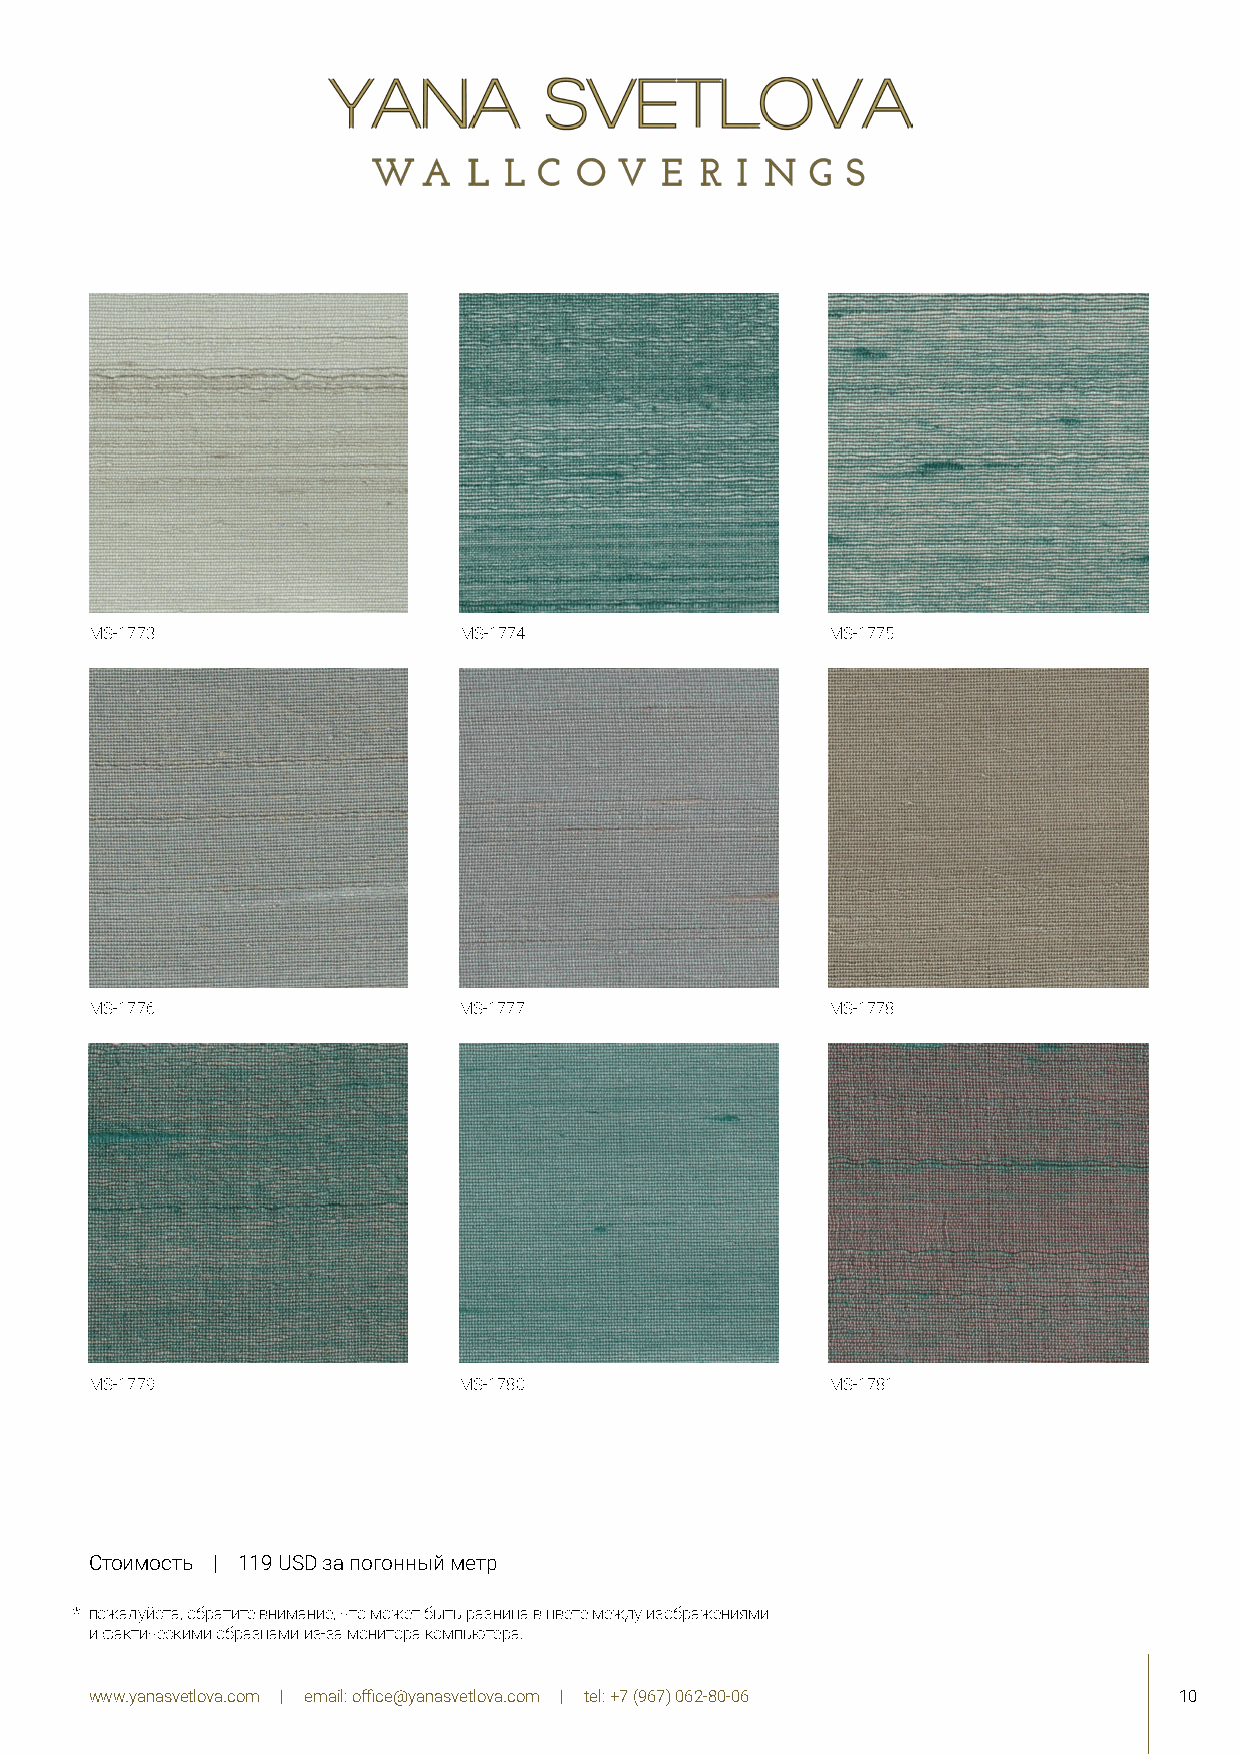
MS-1773                 MS-1774                  MS-1775
 MS-1776                 MS-1777                  MS-1778
 MS-1779                 MS-1780                  MS-1781
 Стоимость | 119 USD за погонный метр
 * пожалуйста, обратите внимание, что может быть разница в цвете между изображениями
 и фактическими образцами из-за монитора компьютера.
 www.yanasvetlova.com | email: office@yanasvetlova.com | tel: +7 (967) 062-80-06 10